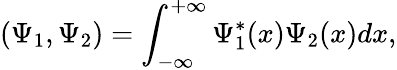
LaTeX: (\Psi_{1},\Psi_{2})=\int_{-\infty}^{+\infty}\Psi_{1}^{*}(x)\Psi_{2}(x)dx,